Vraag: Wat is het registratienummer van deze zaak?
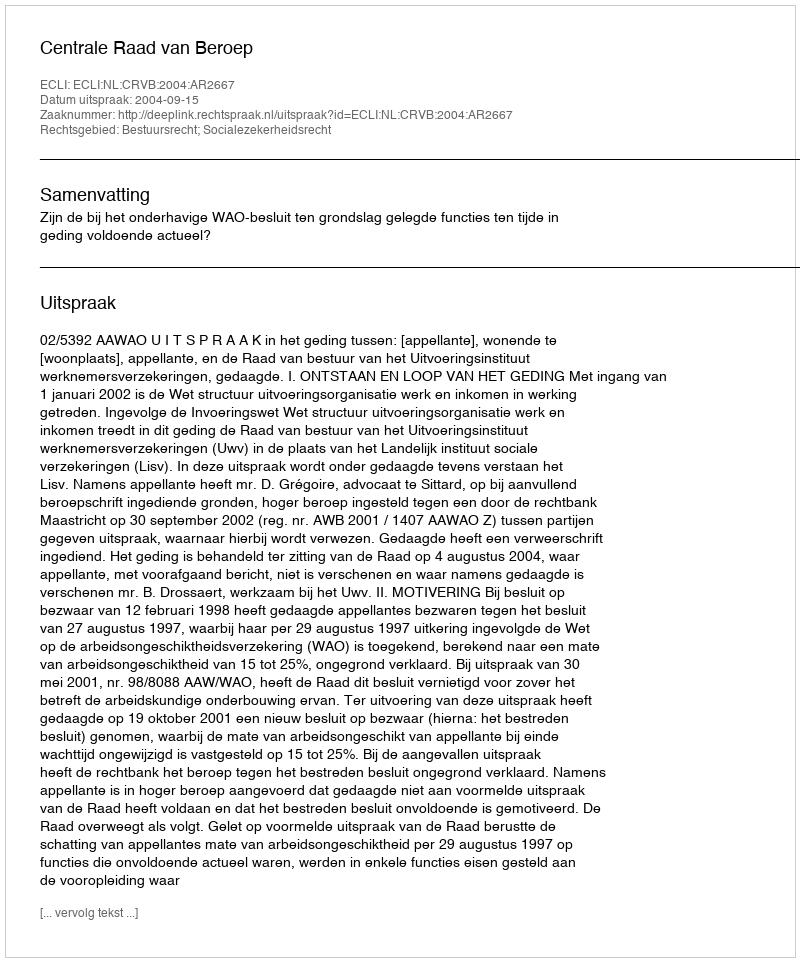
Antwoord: http://deeplink.rechtspraak.nl/uitspraak?id=ECLI:NL:CRVB:2004:AR2667